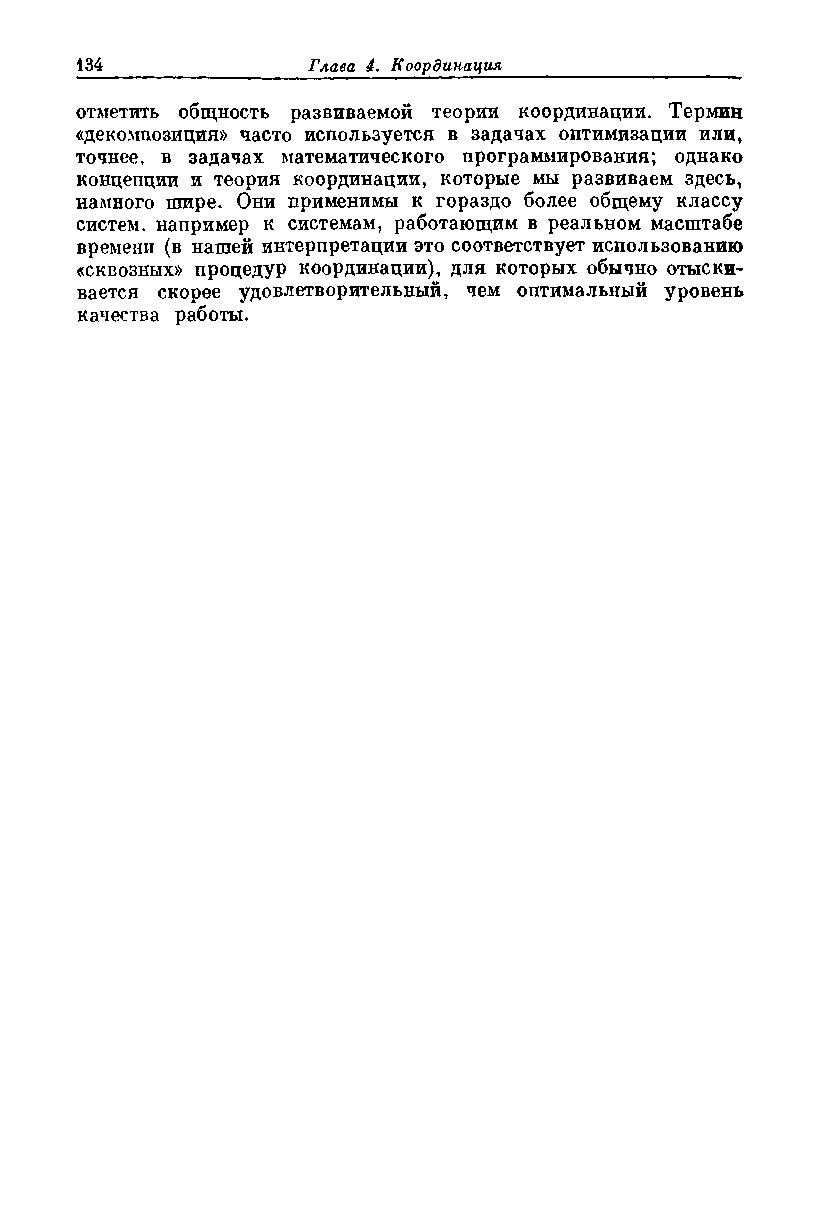
отметить общность развиваемой теории координации. Термин
 «декомпозиция» часто используется в задачах оптимизации или,
 точнее, в задачах математического программирования; однако
 концепции и теория координации, которые мы развиваем здесь,
 намного шире. Они применимы к гораздо более общему классу
 систем, например к системам, работающим в реальном масштабе
 времени (в нашей интерпретации это соответствует использованию
 «сквозных» процедур координации), для которых обычно отыски­
 вается скорее удовлетворительный, чем оптимальный уровень
 качества работы.